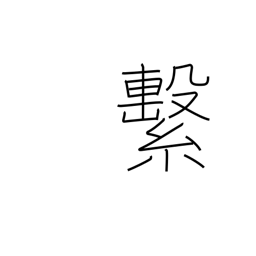
Meaning: attach